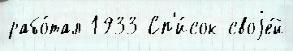
рабо́тал 1933 Сп'и́сок своjе́й